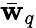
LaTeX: \bar{\mathbf w}_{q}